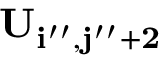
\bf { U } _ { i ^ { \prime \prime } , j ^ { \prime \prime } + 2 }